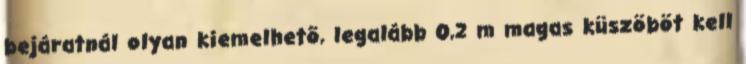
bejáratnál olyan kiemelhetõ, legalább 0,2 m magas küszöböt kell